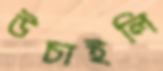
উচাইলি